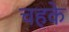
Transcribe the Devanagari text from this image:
चहके